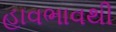
હાવભાવથી